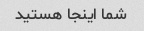
شما اینجا هستید